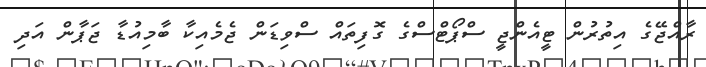
ރާއްޖޭގެ އިތުރުން ޓީއެންޖީ ސްޕޯޓްސްގެ ގޮފިތައް ސްވިޑަން ޖެމެއިކާ ބާމިއުޑާ ޖަޕާން އަދި